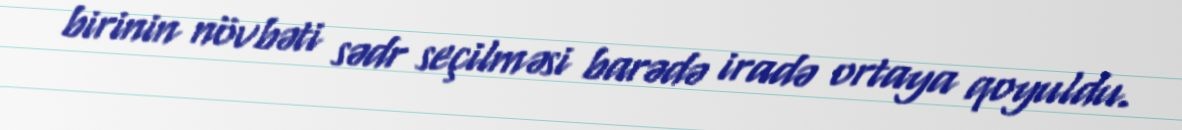
birinin növbəti sədr seçilməsi barədə iradə ortaya qoyuldu.